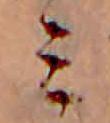
ミ